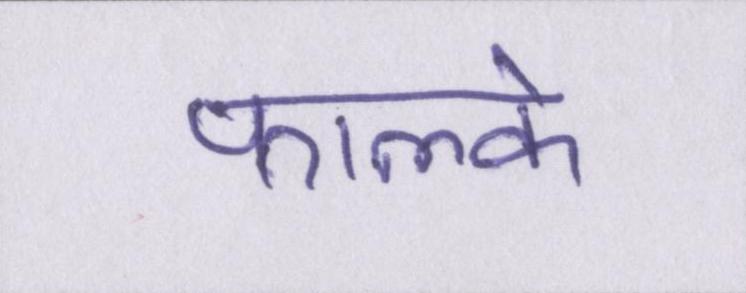
फाल्के